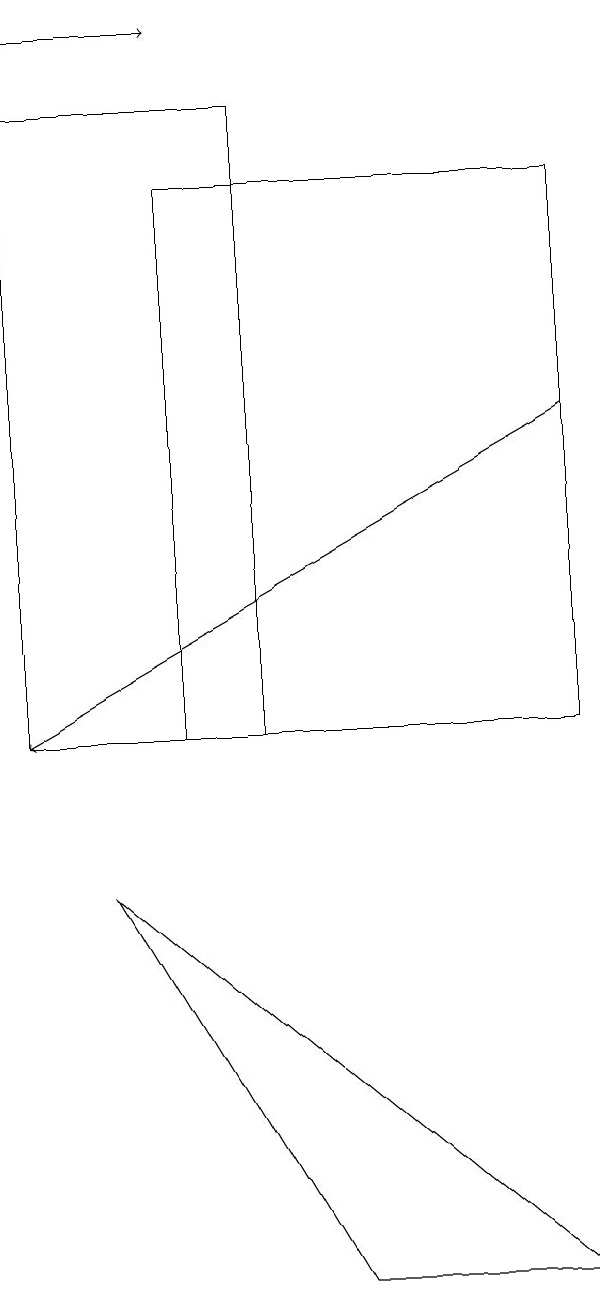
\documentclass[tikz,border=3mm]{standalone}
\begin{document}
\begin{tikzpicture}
\draw[->] (0,19) -- (2,19);
\draw[->] (7,14) -- (0,10);
\draw (3,18) rectangle (0,10);
\draw (7,3) -- (4,3) -- (1,8) -- cycle;
\draw (7,17) rectangle (2,10);
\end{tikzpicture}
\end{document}